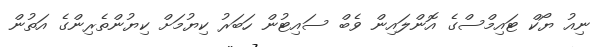
ނިއު ޔޯކް ޓައިމްސްގެ އޮންލައިން ވެބް ސައިޓުން ހަބަރު ކިޔުމަށް ކިޔުންތެރިންގެ އަތުން